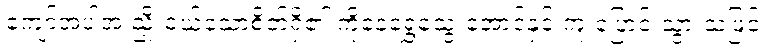
ကျော်အပါအ ညှိုးငယ်သောစိတ်ရှိ၏ ကိုနေရွှေသွေးအောင်နှင့် ကူးပြောင်းသွားသဖြင့်